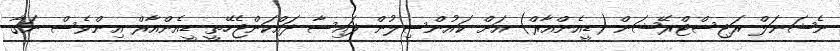
ނެޝަނަލް ރަޖިސްޓްރޭޝަން (ޑީއެންއާރް) އަށް ކައުންސިލުން ފައިސާ ދައްކަންޖެހޭތީ ޑީއެންއާރް އިންވެސް ނަގާ